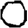
Digit: 0